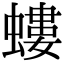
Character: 螻